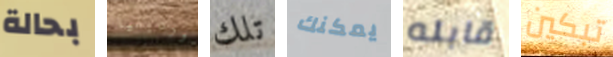
بحالة كورديليا تلك يمكنك قابله تبكين